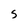
Character: s